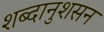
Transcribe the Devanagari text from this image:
शब्दानुशसन